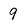
Character: 9